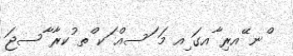
ްނ ޭއރި ާއގަ ިއ މަ ަސއް ަކ ްތ ުކރާ ާސޖަ